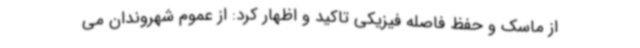
از ماسک و حفظ فاصله فیزیکی تاکید و اظهار کرد: از عموم شهروندان می